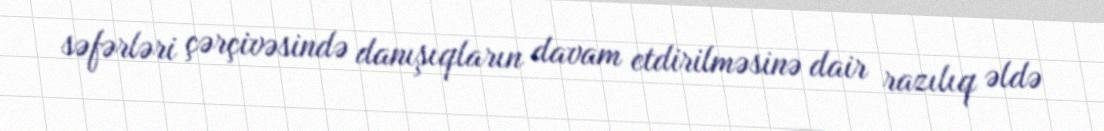
səfərləri çərçivəsində danışıqların davam etdirilməsinə dair razılıq əldə